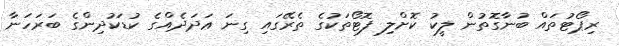
ރިޕޯޓުތައް ބުނާގޮތުން ލީކު ކޮށްލި ފޮޓޯތަކުގެ ތެރޭގައި ގިނަ ޢަދަދެއްގެ ކުޑަކުދިންގެ ބަރަހަނާ